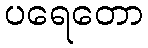
ပရေတော